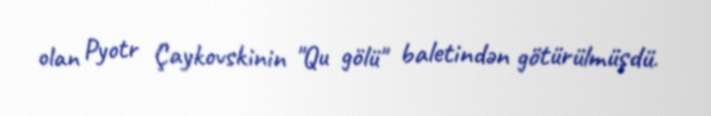
olan Pyotr Çaykovskinin "Qu gölü" baletindən götürülmüşdü.